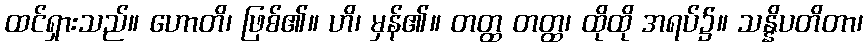
ထင်ရှားသည်။ ဟောတိ၊ ဖြစ်၏။ ဟိ၊ မှန်၏။ တတ္ထ တတ္ထ၊ ထိုထို အရပ်၌။ သန္နိပတိတာ၊